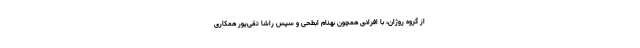
از گروه روژان، با افرادی همچون بهنام ابطحی و سپس راشا تقی‌پور همکاری